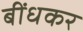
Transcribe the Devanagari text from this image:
बींधकर